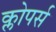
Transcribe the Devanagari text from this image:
क्लोपर्स